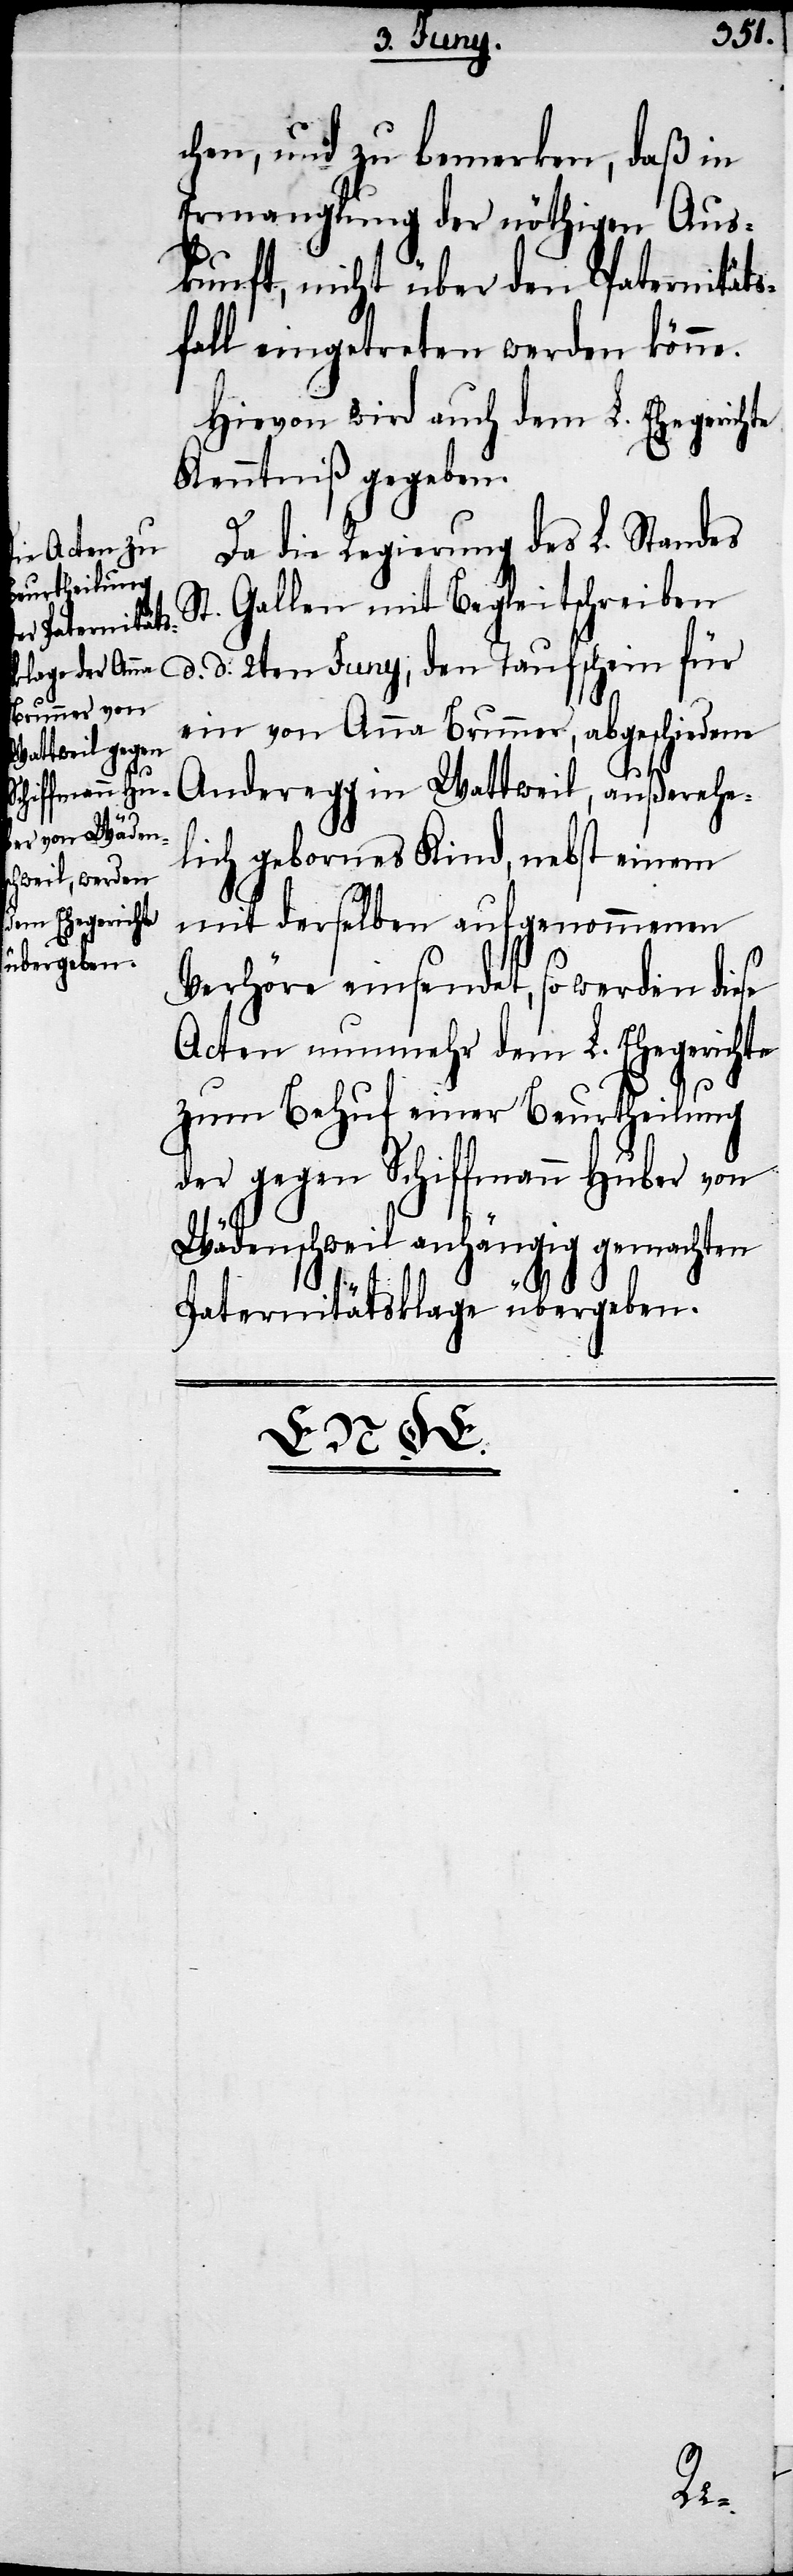
chen, und zu bemerken, daß in
Ermanglung der nöthigen Aus¬
kunft, nicht über den Paternitäts¬
fall eingetreten werden könne.
Hievon wird auch dem L. Ehegerichte
Kenntniß gegeben.
Da die Regierung des L. Standes
St. Gallen mit Begleitschreiben
d. d. 2ten Juny, den Taufschein für
ein von Anna Brunner, abgeschiedene
Anderegg in Wattweil, außerehe¬
lich gebornes Kind, nebst einem
mit derselben aufgenommenen
Verhöre einsendet, so werden diese
Acten nunmehr dem L. Ehegrichte
zum Behuf einer Beurtheilung
der gegen Schiffmann Huber von
Wädenschweil anhängig gemachten
Paternitätsklage übergeben.